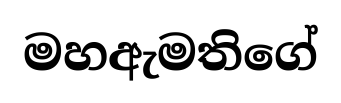
මහඇමතිගේ